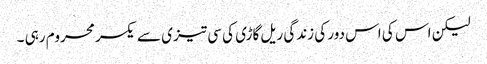
لیکن اس کی اس دور کی زندگی ریل گاڑی کی سی تیزی سے یکسر محروم رہی ۔